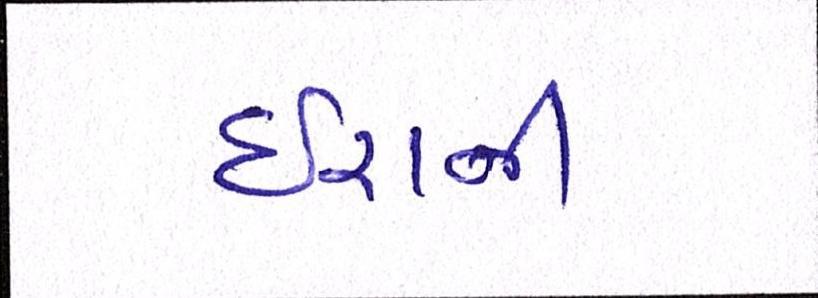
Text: ઈરાની